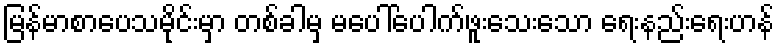
မြန်မာစာပေသမိုင်းမှာ တစ်ခါမှ မပေါ်ပေါက်ဖူးသေးသော ရေးနည်းရေးဟန်